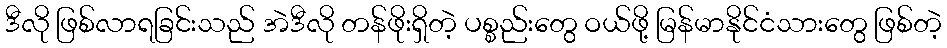
ဒီလို ဖြစ်လာရခြင်းသည် အဲဒီလို တန်ဖိုးရှိတဲ့ ပစ္စည်းတွေ ဝယ်ဖို့ မြန်မာနိုင်ငံသားတွေ ဖြစ်တဲ့